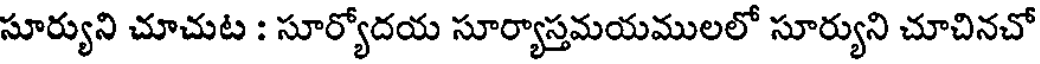
సూర్యుని చూచుట : సూర్యోదయ సూర్యాస్తమయములలో సూర్యుని చూచినచో